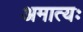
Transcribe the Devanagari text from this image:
अमात्यः